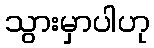
သွားမှာပါဟု